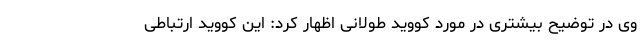
وی در توضیح بیشتری در مورد کووید طولانی اظهار کرد: این کووید ارتباطی